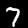
Digit: 7